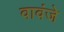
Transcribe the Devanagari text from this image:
वावंजे